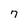
Character: 7